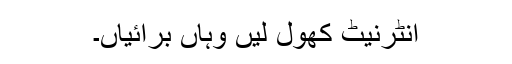
انٹرنیٹ کھول لیں وہاں برائیاں۔